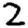
Digit: 2